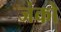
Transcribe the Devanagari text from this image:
जंको